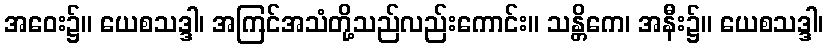
အဝေး၌။ ယေစသဒ္ဒါ၊ အကြင်အသံတို့သည်လည်းကောင်း။ သန္တိကေ၊ အနီး၌။ ယေစသဒ္ဒါ၊